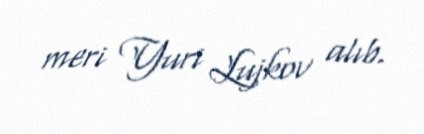
meri Yuri Lujkov alıb.